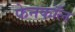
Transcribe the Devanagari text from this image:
फेनकॉल